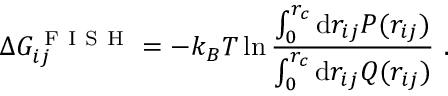
\Delta G _ { i j } ^ { \mathrm { ~ F ~ I ~ S ~ H ~ } } = - k _ { B } T \ln \frac { \int _ { 0 } ^ { r _ { c } } \mathrm { d } r _ { i j } P ( r _ { i j } ) } { \int _ { 0 } ^ { r _ { c } } \mathrm { d } r _ { i j } Q ( r _ { i j } ) } ~ .